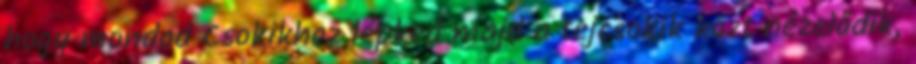
hogy mondod Csokikhoz lépked majd a tejcsokik közt nézelődik,